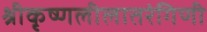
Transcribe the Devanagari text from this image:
श्रीकृष्णलीलातरंगिणी